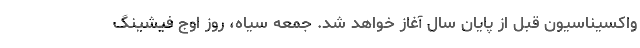
واکسیناسیون قبل از پایان سال آغاز خواهد شد. جمعه سیاه، روز اوج فیشینگ